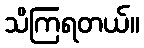
သိကြရတယ်။